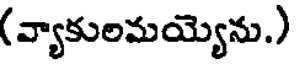
(వ్యాకులమయ్యెను.)